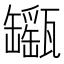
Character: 𤮫